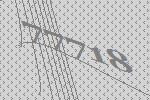
77718